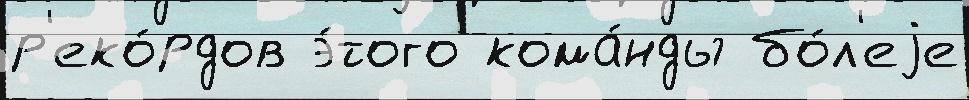
р'еко́рдов э́того кома́нды бо́л'еjе